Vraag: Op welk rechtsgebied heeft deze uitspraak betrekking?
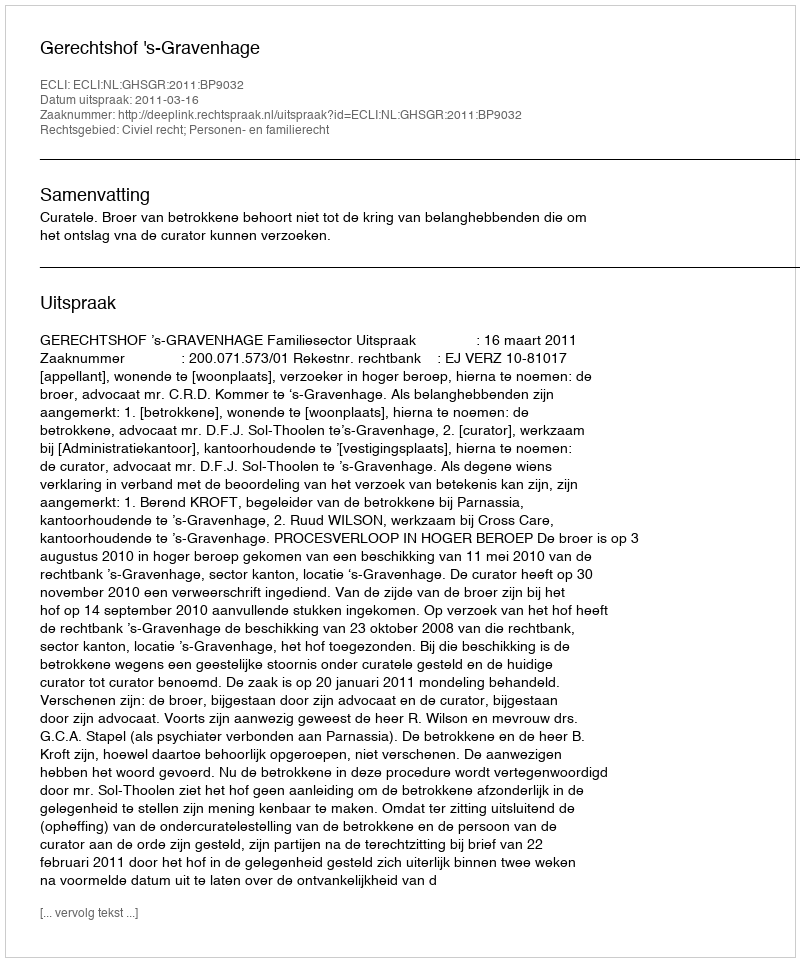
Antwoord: Civiel recht; Personen- en familierecht